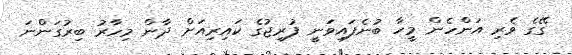
ގޭގެ ވެރި އަންހެން މީހާ ބުނެފައިވަނީ ފުރިޖުގެ ކައިރިއަށް ދާން މިހާރު ބިރުގަންނަ